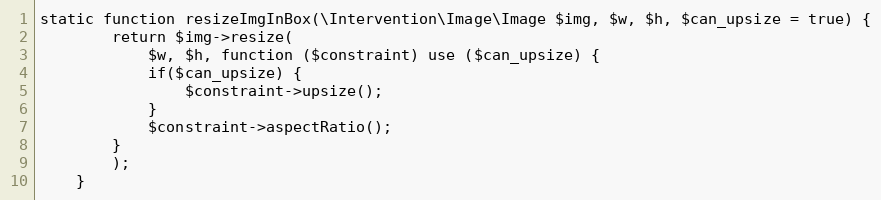
Language: PHP
static function resizeImgInBox(\Intervention\Image\Image $img, $w, $h, $can_upsize = true) {
        return $img->resize(
            $w, $h, function ($constraint) use ($can_upsize) {
            if($can_upsize) {
                $constraint->upsize();
            }
            $constraint->aspectRatio();
        }
        );
    }